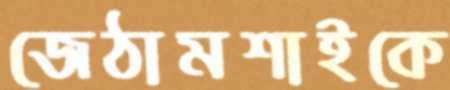
জেঠামশাইকে